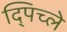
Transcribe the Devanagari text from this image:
द्पिच्ले